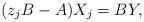
LaTeX: \begin{align*}(z_jB-A)X_j = BY,\end{align*}